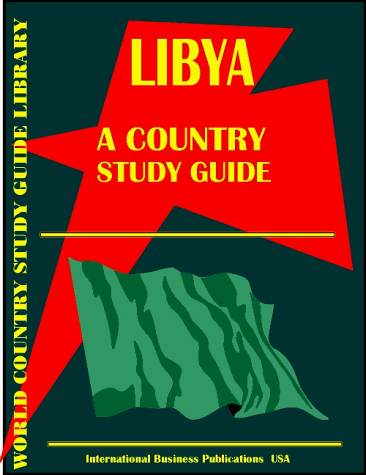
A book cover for Libya Country Study Guide (World Country Study Guide; Ibp Usa; Travel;